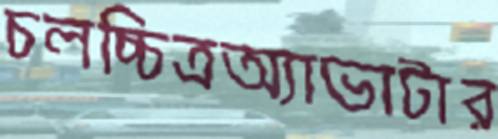
চলচ্চিত্রঅ্যাভাটার